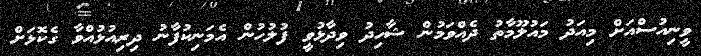
ވީނިއުސްއަށް މިއަދު މައުލޫމާތު ދެއްވަމުން ޝާހިދު ވިދާޅުވީ ފުލުހުން އެމަނިކުފާނު ދިރިއުޅުއްވާ ގެކޮޅަށް